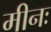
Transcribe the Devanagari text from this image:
मीनः